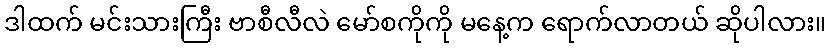
ဒါထက် မင်းသားကြီး ဗာစီလီလဲ မော်စကိုကို မနေ့က ရောက်လာတယ် ဆိုပါလား။